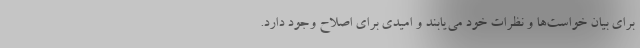
برای بیان خواست‌ها و نظرات خود می‌یابند و امیدی برای اصلاح وجود دارد.